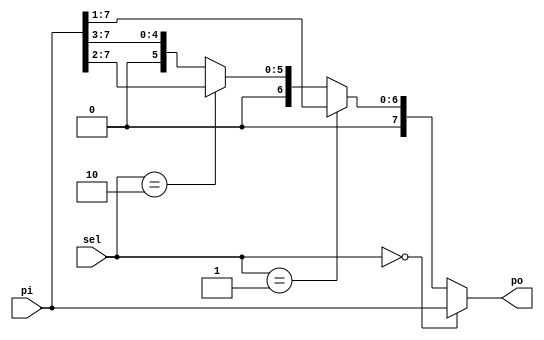
module AmpSelector(
	sel, pi,
	po
);
	input [1:0] sel;
	input [7:0] pi;

	output [7:0] po;

	assign po = (sel == 2'b00) ? pi :
				(sel == 2'b01) ? pi >> 1 :
				(sel == 2'b10) ? pi >> 2 :
				pi >> 3;
endmodule